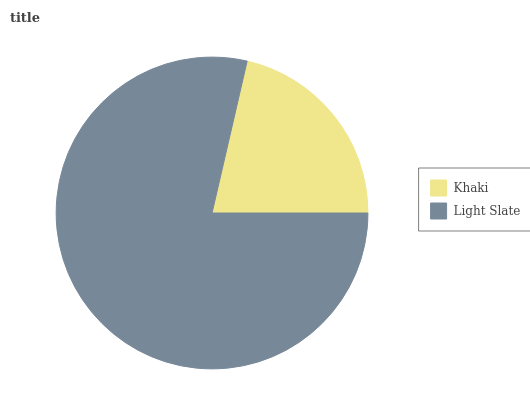
| Khaki | Light Slate |
 | --- | --- |
 | 21.3% | 78.7% |